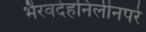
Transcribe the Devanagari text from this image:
भैरवदेहनिलीनपरे